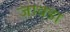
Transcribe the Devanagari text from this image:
जावडा